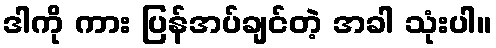
ဒါကို ကား ပြန်အပ်ချင်တဲ့ အခါ သုံးပါ။